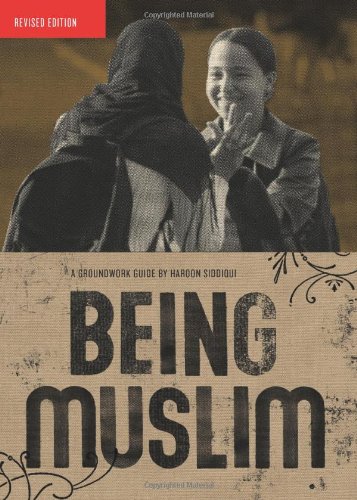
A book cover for Being Muslim (Groundwork Guides); Haroon Siddiqui; Teen & Young Adult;